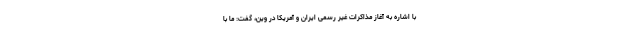
با اشاره به آغاز مذاکرات غیر رسمی ایران و آمریکا در وین، گفت: ما با